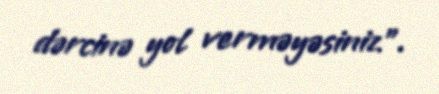
dərcinə yol verməyəsiniz".